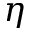
\eta